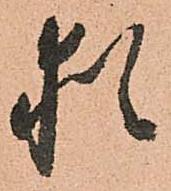
猶